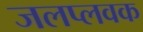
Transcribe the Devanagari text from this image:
जलप्लवक